Medical and sanitary report of the native army of Bengal for the year
Year: 1878
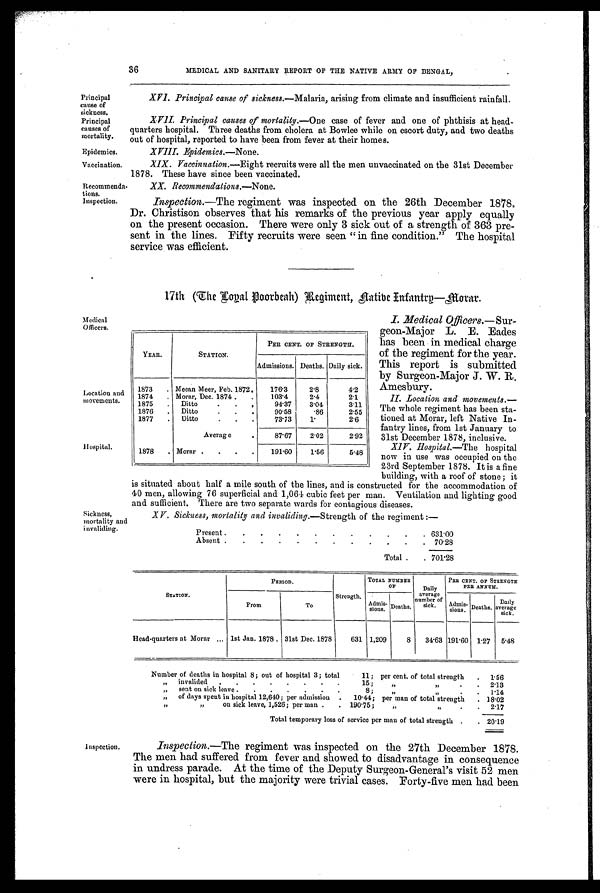
Medical
Officers.
Location and
m
ovements.
Hospital.
Sickness,
mortality and
invaliding.
Principal
cause of
sickness.
Principal
causes of
mortality.
Epidemics.
Vaccination.
Recommenda
-tions.
Inspection.
36
MEDICAL AND SANITARY REPORT OF THE NATIVE ARMY OF BENGAL,
XVI. Principal cause of sickness.—Malaria, arising from climate and insufficient rainfall.
XVII Principal causes of morality. —One case of fever and one of phthisis at head
-quarters hospital. Three deaths from cholera at Bowlee while on escort duty, and two deaths
out of hospital, reported to have been from fever at their homes.
XVIII.
Epidemics.—None.
XIX. Vaccinnation.—Eight recruits were all the men unvaccinated on the 31st December
1878. These have since been vaccinated.
XX. Recommendations.—None.
Inspection.—The regiment was inspected on the 26th December 1878,
Dr. Christison observes that his remarks of the previous year apply equally
on the present occasion. There were only 3 sick out of a strength of 363 pre
-sent in the lines. Fifty recruits were seen " in fine condition.
" The hospital
service was efficient.
17th (The Local Boorbeah) Regiment, Native Infantry—Morar.
I.
I Medical Officers.—Sur
- g e o n - M a j o r L . E . E a d e s
has been in medical charge
of the regiment for the year.
This report is submitted
by Surgeon-Major J. W. R.
Amesbury.
II. Location and movements.
— T h e w h o l e r e g i m e n t h a s b e e n s t a
-tioned at Morar, left Native In
-fantry lines, from 1st January to
31st December 1878, inclusive.
XIV. Hospital.—The hospital
now in use was occupied on the
23rd September 1878. It is a fine
building, with a roof of stone ; it
is situated about half a mile south of the lines, and is constructed for the accommodation of
40 men, allowing 76 superficial and 1,064 cubic feet per man. Ventilation and lighting good
and sufficient. There are two separate wards for contagious diseases.
XV. Sickness, mortality and invaliding.—Strength of the regiment :—
Present .
. . .
. .
.
.
.
. .
. 631.00
Absent .
. . .
.
.
.
.
. . .
. 70.28
Total . . 701.28
YEAR.
STATION.
PER CENT. OF STRENGTH
Admissions. Deaths. Daily sick.
1873 . Meean Meer, Feb. 1872.
176.3
2.8
4.2
1874 . Morar, Dec. 1874 . .
103.4
2.4
2.1
1875 . Ditto
.
.
.
94.37
3.04
3.11
1876 . Ditto
.
.
.
90.58
.86
2.55
1877 . Ditto
.
.
.
7 3 . 7 3 1.
2.6
Average
.
87.67
2.02
2.92
1878 . Morar . . . .
191.60
1.56
5.48
STATION.
PERIOD.
Strength.
TOTAL NUMBER OF
Daily
average
number of
sick.
PER CENT. OF STRENGTH
P E R A N N U M .
From
To
Admis-
sions. Deaths.
Admi s-si ons. Deaths. Daily
average sick.
Head-quarters at Morar . . . 1st Jan. 1878 . 31st Dec. 1878
631 1,209
8 34.63 191.60 1.27 5.48
Number of deaths in hospital 8; out of hospital 3 ; total
11 ; per cent. of total strength . 1 . 5 6
„ invalided . . . . . . . .
15 ;
„ „
.
. 2.13
„ sent on sick leave . . . . . . .
8 ;
„
„
. . 1.14
„ of days spent in hospital 12,640 ; per admission . 10.44 ; per man of total strength . 18.02
„
„
on sick leave, 1,526; per man . . 190.75 ;
„
„
.
. 2.17
Total temporary loss of service per man of total strength . . 20.19
Inspection.
Inspection.—The regiment was inspected on the 27th December 1878.
The men had suffered from fever and showed to disadvantage in consequence
in undress parade. At the time of the Deputy Surgeon-General's visit 52 men
were in hospital, but the majority were trivial cases. Forty-five men had been